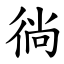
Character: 徜